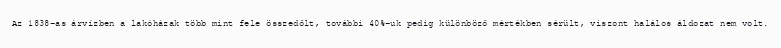
Az 1838-as árvízben a lakóházak több mint fele összedőlt, további 40%-uk pedig különböző mértékben sérült, viszont halálos áldozat nem volt.